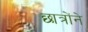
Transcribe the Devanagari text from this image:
छात्रोंने